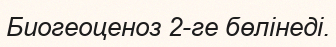
Биогеоценоз 2-ге бөлінеді.